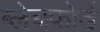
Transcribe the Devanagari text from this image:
ब्लेचफोर्ड